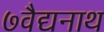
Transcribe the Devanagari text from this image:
७वैद्यनाथ